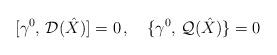
LaTeX: \begin{align*}[\gamma^0,\, {\cal D}(\hat X)]=0\,, \quad\{\gamma^0,\, {\cal Q}(\hat X)\}=0\end{align*}